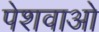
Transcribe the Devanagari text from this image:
पेशवाओ